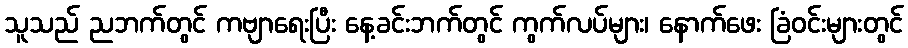
သူသည် ညဘက်တွင် ကဗျာရေးပြီး နေ့ခင်းဘက်တွင် ကွက်လပ်များ၊ နောက်ဖေး ခြံဝင်းများတွင်